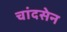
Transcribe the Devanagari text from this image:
चांदसेन